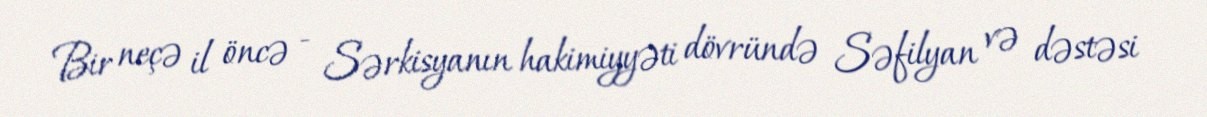
Bir neçə il öncə - Sərkisyanın hakimiyyəti dövründə Səfilyan və dəstəsi